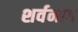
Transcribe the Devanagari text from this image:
शर्वनाग